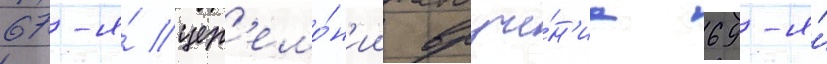
67-я́ цер'емо́н'ии вруче́н'иа 69-я́